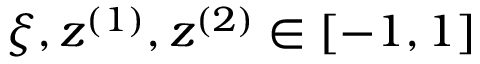
\xi , z ^ { ( 1 ) } , z ^ { ( 2 ) } \in [ - 1 , 1 ]